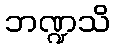
ဘဏ္ဍသိ